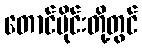
တောင်ပိုင်းတို့တွင်